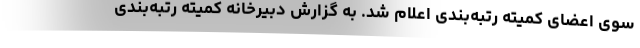
سوی اعضای کمیته رتبه‌بندی اعلام شد. به گزارش دبیرخانه کمیته رتبه‌بندی